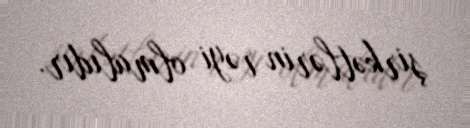
şirkətlərin rəyi olmalıdır.